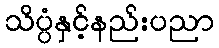
သိပ္ပံနှင့်နည်းပညာ